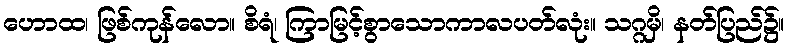
ဟောထ၊ ဖြစ်ကုန်လော။ စိရံ၊ ကြာမြင့်စွာသောကာလပတ်လုံး။ သဂ္ဂမှိ၊ နတ်ပြည်၌။